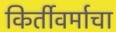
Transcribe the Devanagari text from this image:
किर्तीवर्माचा